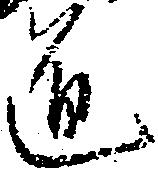
道